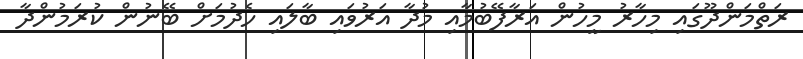
ރަތްމަންދޫގައި މިހާރު މީހުން އަރާފޭބުމާއި މުދާ އަރުވައި ބާލައި ހެދުމަށް ބޭނުން ކުރަމުންދާ